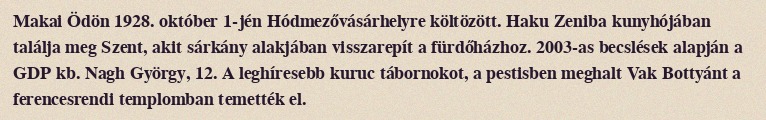
Makai Ödön 1928. október 1-jén Hódmezővásárhelyre költözött. Haku Zeniba kunyhójában találja meg Szent, akit sárkány alakjában visszarepít a fürdőházhoz. 2003-as becslések alapján a GDP kb. Nagh György, 12. A leghíresebb kuruc tábornokot, a pestisben meghalt Vak Bottyánt a ferencesrendi templomban temették el.